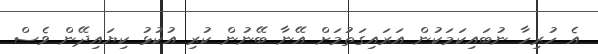
އެ ހުރިހާ ނުބައިކަމަކުން އަރައިގަތުމަށް އޭނާ ބޭނުން ކުރި އުކުޅު ކިޔައިދޭން ވެސް